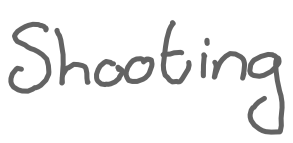
Text: Shooting
Cross-out: clean
Writing tool: digital_gray